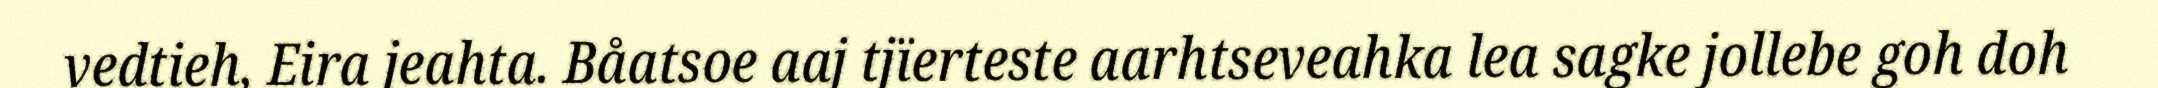
vedtieh, Eira jeahta. Båatsoe aaj tjïerteste aarhtseveahka lea sagke jollebe goh doh